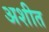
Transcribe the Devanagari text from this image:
अशीत